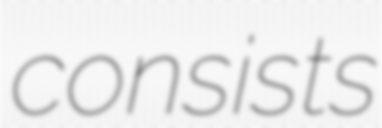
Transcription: consists